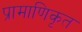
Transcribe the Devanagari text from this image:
प्रामाणिकृत